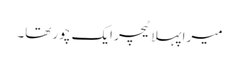
میرا پہلا ٹیچر ایک چور تھا۔